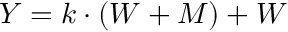
\textstyle Y = k \cdot ( W + M ) + W \,